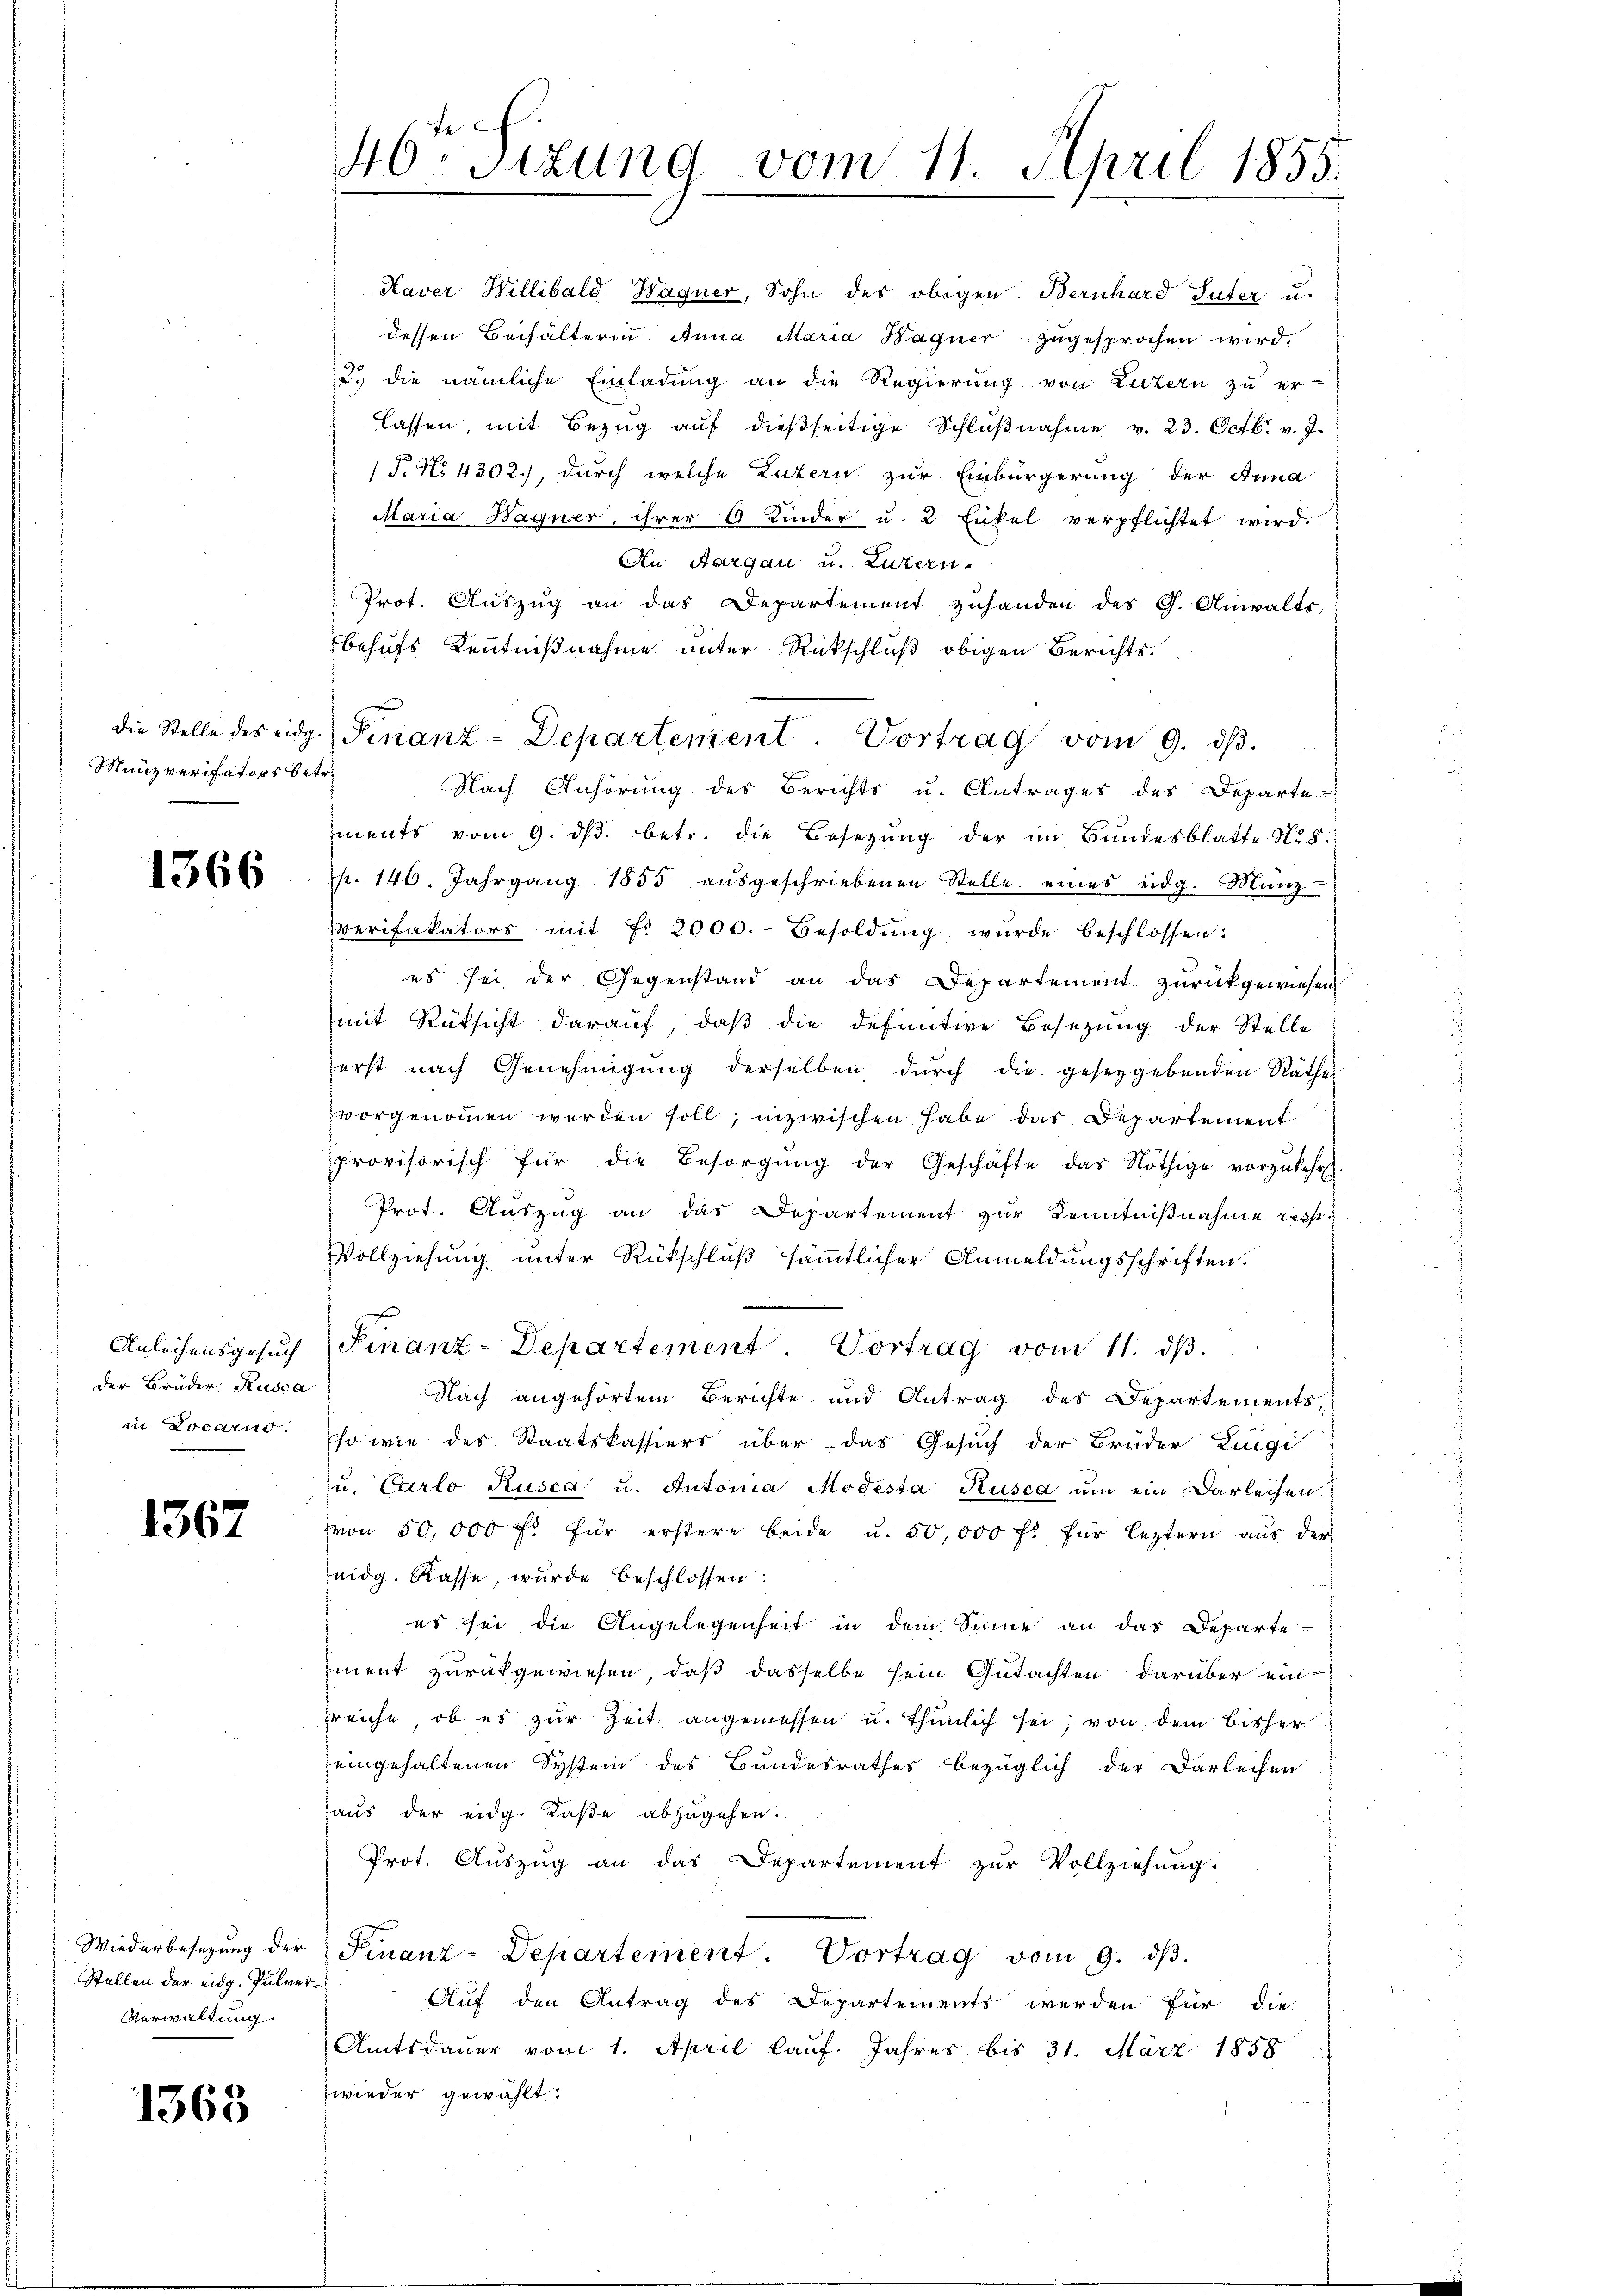
Munzverifators betr.

1366

der Brüder Rusca
in Locarno.

1367

Stellen der eidg. Pulver
Verwaltung.

1363

Kaver Willibald Hagner, Sohn des obigen. Bernhard Suter u.
dessen Beihälterin Anna Maria Wagner zugesprochen wird.
2. die nämliche Einladung an die Regierung von Luzern zu er-
lassen, mit Bezug auf dießseitige Schlußnahme v. 23. Octbr. v. J.
/T. No 4302), durch welche Luzern zur Einbürgerung der Anna
Maria Bagner, ihrer 6 Kinder u. 2 Enkel verpflichtet wird.
An Aargau u. Luzern.
Prot. Auszug an das Departement zuhanden des G. Anwalts,
behufs Kenntnißnahme unter Rückschluß obigen Berichts-
Nach Anhörung des Berichts u. Antrages des Departe-
ments vom 9. ds. betr. die Besetzung der im Bundesblatte No 8.
p. 146. Jahrgang 1855 aŭsgeschriebenen Stelle eines eidg. Münz-
Zverifakators mit Fr. 2000.- Besoldŭng, wurde beschlossen:
es sei der Gegenstand an das Departement zurückgewiesen
mit Rüksicht darauf, daβ die definitive Besetzŭng der Stelle
erst nach Genehmigŭng derselben dŭrch die gesetzgebenden Rathes
vorgenommen werden soll; inzwischen habe das Departement
provisorisch für die Besorgŭng der Geschäfte das Nöthige vorzukehrt.
Prot. Auszug an das Departement zur Kenntnißnahme resp.
Vollziehung unter Rückschluß sämmtlicher Anmeldungsschriften.
Anleihensgesuch Finanz-Departement. Vortrag vom 11. ds.
Nach angehörtem Berichte und Antrag des Departements,
Eso wie des Staatskassiers über das Gesuch der Brüder Luigi
u. Carlo Rusca u. Antonia Modesta Rusca um ein Darleihen
von 50,000 f. für erstere beide u. 50,000 fl für leztern aus der
eidg. Kasse, wurde beschlossen:
es sei die Angelegenheit in dem Sinne an das Departe
iment zurückgewiesen, daß dasselbe sein Gutachten darüber ein
rreiche, ob es zur Zeit angemessen u. thunlich sei; von dem bisher
eingehaltenen System des Bundesrathes bezüglich der Darleihen
aus der eidg. Kaße abzugehen.
Prot. Auszug an das Departement zŭr Vollziehung.
Wiederbesetzŭng der Finanz-Departement. Vortrag vom 9. dβ.
Auf den Antrag des Departements werden für die
Amtsdauer vom 1. April lauf. Jahres bis 31. März 1858
wieder gewählt:

46 Sizung vom 11. April 1855.

die Stelle des eidg. Finanz-Departement. Vortrag vom 9. dβ.